Lunatic asylums Central Provinces reports 1874-1885 - 1874-1885
Year: 1874
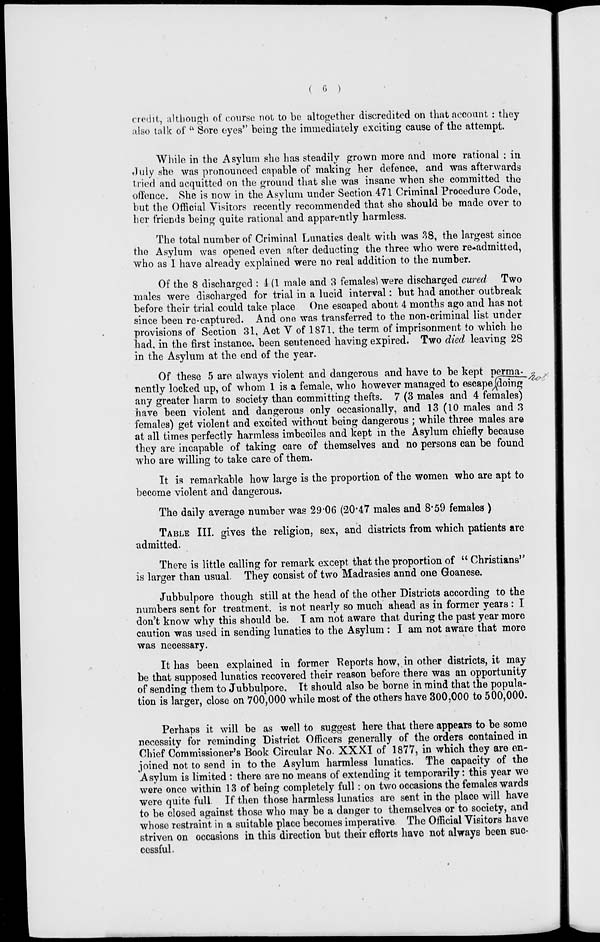
( 6 )
credit, although of course not to be altogether discredited on that account : they
also talk of " Sore eyes" being the immediately exciting cause of the attempt.
While in the Asylum she has steadily grown more and more rational : in
July she was pronounced capable of making her defence, and was afterwards
tried and acquitted on the ground that she was insane when she committed the
offence. She is now in the Asylum under Section 471 Criminal Procedure Code,
but the Official Visitors recently recommended that she should be made over to
her friends being quite rational and apparently harmless.
The total number of Criminal Lunatics dealt with was 38, the largest since
the Asylum was opened even after deducting the three who were re-admitted,
who as I have already explained were no real addition to the number.
Of the 8 discharged : 4 (1 male and 3 females) were discharged cured Two
males were discharged for trial in a lucid interval: but had another outbreak
before their trial could take place One escaped about 4 months ago and has not
since been re-captured. And one was transferred to the non-criminal list under
provisions of Section 31, Act V of 1871, the term of imprisonment to which he
had, in the first instance, been sentenced having expired. Two died leaving 28
in the Asylum at the end of the year.
Of these 5 are always violent and dangerous and have to be kept perma-
nently locked up, of whom 1 is a female, who however managed to escape doing
any greater harm to society than committing thefts. 7 (3 males and 4 females)
have been violent and dangerous only occasionally, and 13 (10 males and 3
females) get violent and excited without being dangerous ; while three males are
at all times perfectly harmless imbeciles and kept in the Asylum chiefly because
they are incapable of taking care of themselves and no persons can be found
who are willing to take care of them.
It is remarkable how large is the proportion of the women who are apt to
become violent and dangerous.
The daily average number was 29.06 (20.47 males and 8.59 females )
TABLE III. gives the religion, sex, and districts from which patients are
admitted.
There is little calling for remark except that the proportion of " Christians''
is larger than usual. They consist of two Madrasies annd one Goanese.
Jubbulpore though still at the head of the other Districts according to the
numbers sent for treatment. is not nearly so much ahead as in former years : I
don't know why this should be. I am not aware that during the past year more
caution was used in sending lunatics to the Asylum : I am not aware that more
was necessary.
It has been explained in former Reports how, in other districts, it may-
be that supposed lunatics recovered their reason before there was an opportunity
of sending them to Jubbulpore. It should also be borne in mind that the popula-
tion is larger, close on 700,000 while most of the others have 300,000 to 500,000.
Perhaps it will be as well to suggest here that there appears to be some
necessity for reminding District Officers generally of the orders contained in
Chief Commissioner's Book Circular No. XXXI of 1877, in which they are en-
joined not to send in to the Asylum harmless lunatics. The capacity of the
Asylum is limited : there are no means of extending it temporarily: this year we
were once within 13 of being completely full: on two occasions the females wards
were quite full. If then those harmless lunatics are sent in the place will have
to be closed against those who may be a danger to themselves or to society, and
whose restraint in a suitable place becomes imperative. The Official Visitors have
striven on occasions in this direction but their efforts have not always been suc-
cessful.